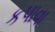
કપાવા